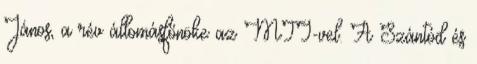
János, a rév állomásfőnöke az MTI-vel. A Szántód és